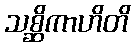
သစ္ဆိကာဟိတိ